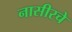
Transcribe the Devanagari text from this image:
नासीरचे